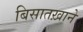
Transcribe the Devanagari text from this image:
बिसातख़ाने